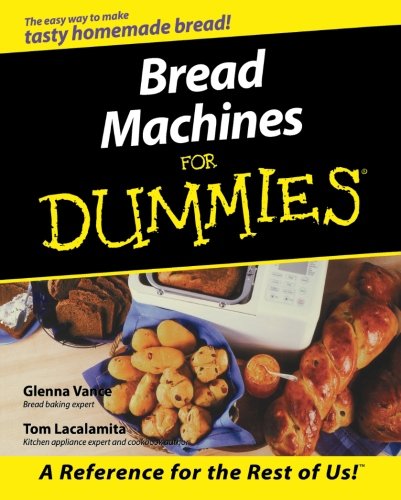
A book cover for Bread Machines For Dummies; Glenna Vance; Cookbooks, Food & Wine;